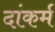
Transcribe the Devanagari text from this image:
दांकर्म